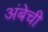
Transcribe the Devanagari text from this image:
अंबेची